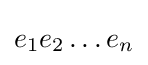
e_{1}e_{2}\ldots e_{n}